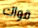
قواك